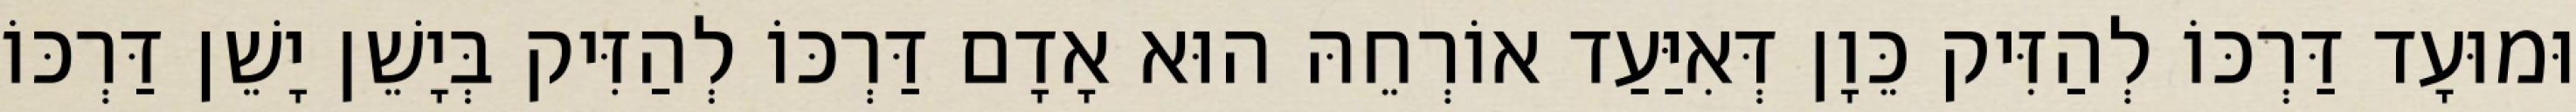
וּמוּעָד דַּרְכּוֹ לְהַזִּיק כֵּוָן דְּאִיַּעַד אוֹרְחֵהּ הוּא אָדָם דַּרְכּוֹ לְהַזִּיק בְּיָשֵׁן יָשֵׁן דַּרְכּוֹ